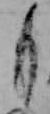
も